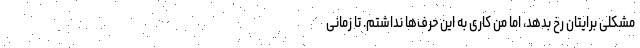
مشکلی برایتان رخ بدهد، اما من کاری به این حرف‌ها نداشتم. تا زمانی